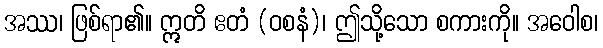
အဿ၊ ဖြစ်ရာ၏။ ဣတိ ဧတံ (ဝစနံ)၊ ဤသို့သော စကားကို။ အဝေါစ၊